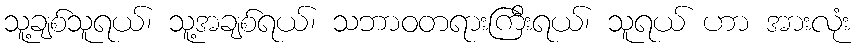
သူ့ချစ်သူရယ်၊ သူ့အချစ်ရယ်၊ သဘာဝတရားကြီးရယ်၊ သူရယ် ဟာ အားလုံး